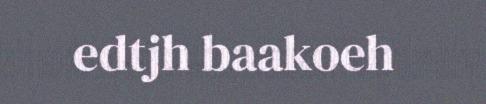
edtjh baakoeh